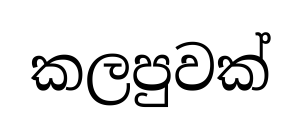
කලපුවක්